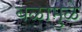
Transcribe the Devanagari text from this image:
बळामुळे